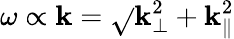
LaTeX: \omega\propto\mathbf{k}=\sqrt{}{{\mathbf{k}_{\perp}^{2}+\mathbf{k}_{\parallel}^{2}}}